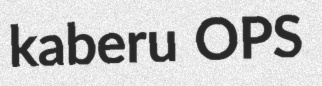
kaberu OPS